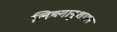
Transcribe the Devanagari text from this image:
लिङ्गानुशासन